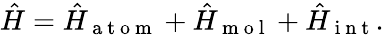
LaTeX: \hat{H}=\hat{H}_{\mathrm{~a~t~o~m~}}+\hat{H}_{\mathrm{~m~o~l~}}+\hat{H}_{\mathrm{~i~n~t~}}.